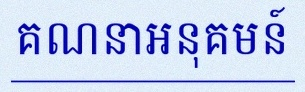
គណនាអនុគមន៍